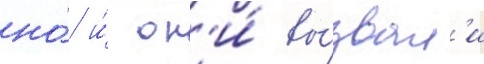
но́ и́ он'и́ вы́звал'и